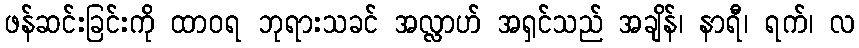
ဖန်ဆင်းခြင်းကို ထာဝရ ဘုရားသခင် အလ္လာဟ် အရှင်သည် အချိန်၊ နာရီ၊ ရက်၊ လ